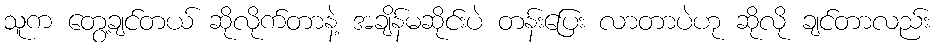
သူက တွေ့ချင်တယ် ဆိုလိုက်တာနဲ့ အချိန်မဆိုင်းပဲ တန်းပြေး လာတာပဲဟု ဆိုလို ချင်တာလည်း